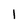
Character: 1